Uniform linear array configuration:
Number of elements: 16
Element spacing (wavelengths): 0.75
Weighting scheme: cosine
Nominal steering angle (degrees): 45
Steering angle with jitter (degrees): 46.92
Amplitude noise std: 0.05
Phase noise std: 0.05

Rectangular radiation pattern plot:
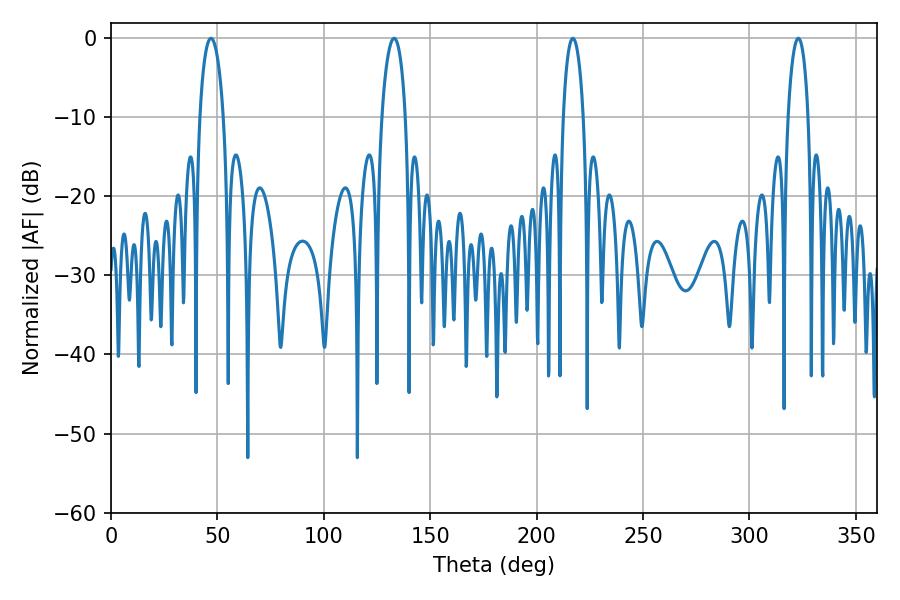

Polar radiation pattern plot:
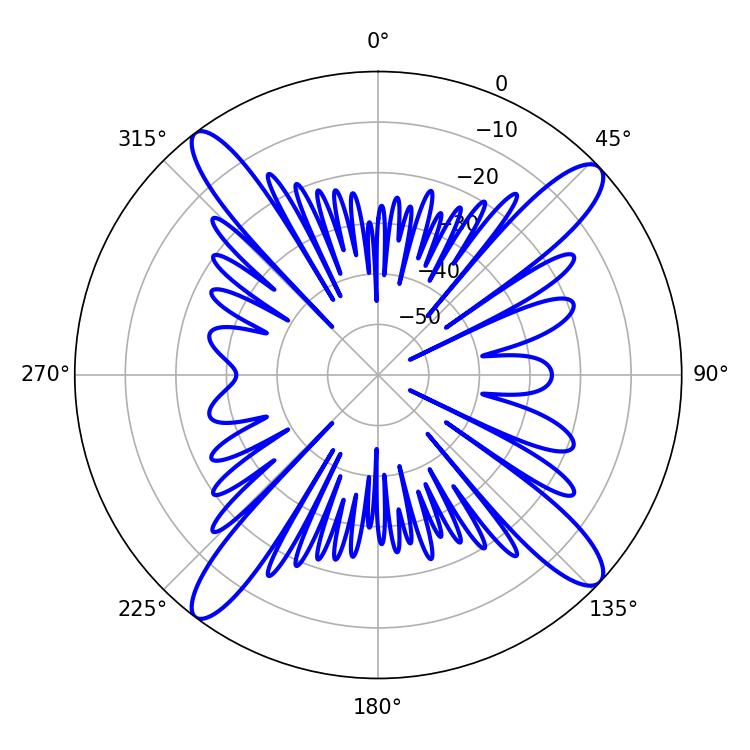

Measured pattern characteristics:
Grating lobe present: TRUE
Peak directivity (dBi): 15.717
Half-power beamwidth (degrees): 6.3
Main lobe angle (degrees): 46.98